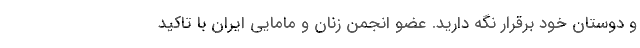
و دوستان خود برقرار نگه دارید. عضو انجمن زنان و مامایی ایران با تاکید